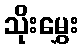
သိုးမွှေး